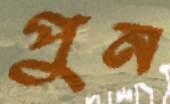
পুন